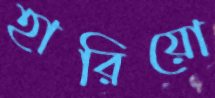
হারিয়ো